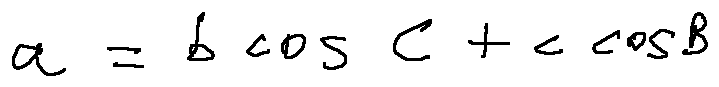
a = b \cos C + c \cos B